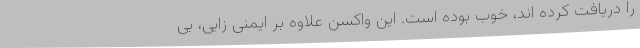
را دریافت کرده اند، خوب بوده است. این واکسن علاوه بر ایمنی زایی، بی